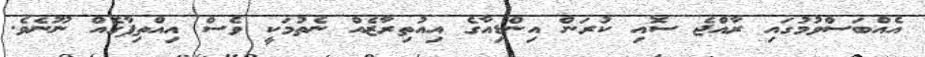
އެއްބަސްވުމުގައި ރާއްޖެ ސޮއި ކުރަން އިންޑިއާގެ އިއުތިރާޒެއް ނެތުމަކީ ވެސް އިއްތިފާގެއް ނޫނެވެ.